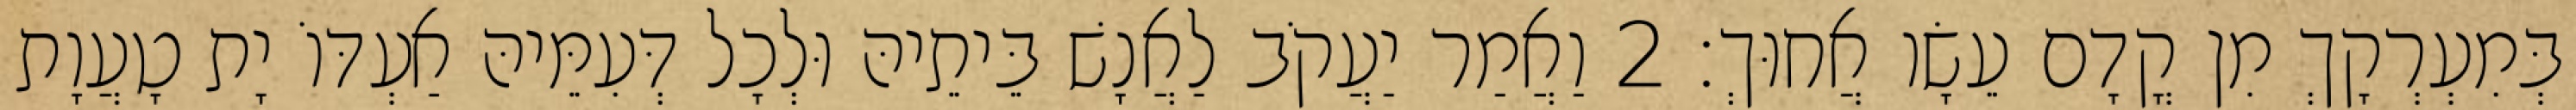
בְּמִעְרְקָךְ מִן קֳדָם עֵשָׂו אֲחוּךְ׃ 2 וַאֲמַר יַעֲקֹב לַאֲנָשׁ בֵּיתֵיהּ וּלְכָל דְּעִמֵּיהּ אַעְדּוֹ יָת טָעֲוָת